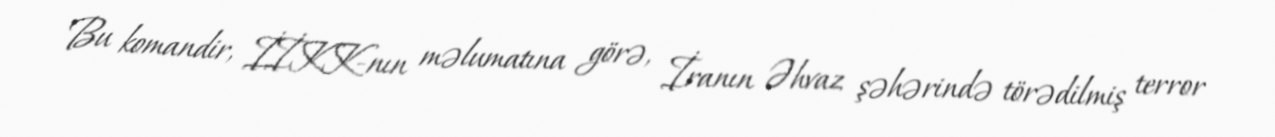
Bu komandir, İİKK-nın məlumatına görə, İranın Əhvaz şəhərində törədilmiş terror